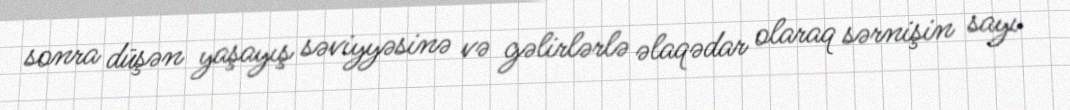
sonra düşən yaşayış səviyyəsinə və gəlirlərlə əlaqədar olaraq sərnişin sayı